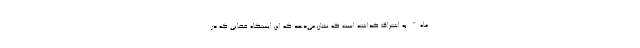
ماه" به اشتراک گذاشته است که نشان می‌دهد که این ایستگاه فضایی که در